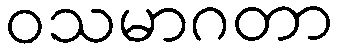
ဝသမာဂတာ